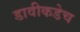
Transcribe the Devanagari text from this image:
डावीकडेच